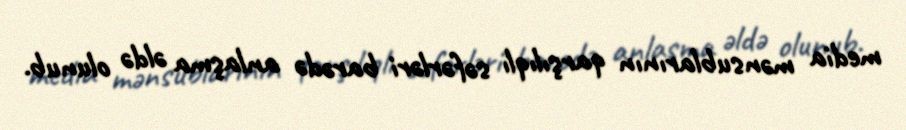
media mənsublarının qarşılıqlı səfərləri barədə anlaşma əldə olunub.